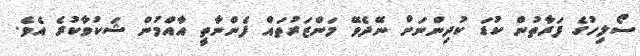
ސޯލިހުގެ ފަރާތުން ކުޑަ ކުދިންނަށް ނޭދެވޭ މަންޒަރުތައް ފެންނާތީ އާއްމުން ޝަކުވާކުރެ އެވެ.